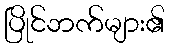
ပြိုင်ဘက်များ၏